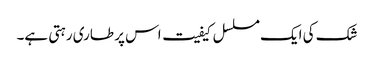
شک کی ایک مسلسل کیفیت اس پر طاری رہتی ہے۔